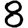
Digit: 8